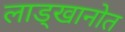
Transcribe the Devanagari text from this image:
लाड्खानोत